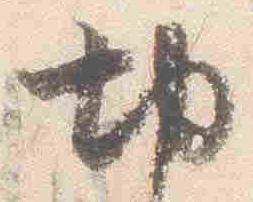
切